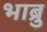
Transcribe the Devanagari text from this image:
भाब्रु